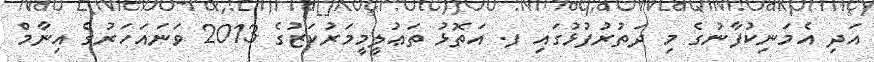
އަދި އެމަނިކުފާނުގެ މި ދަތުރުފުޅުގައި ފ. އަތޮޅު ތަޢުލީމީމަރުކަޒުގެ 2013 ވަނައަހަރުގެ އިނާމް